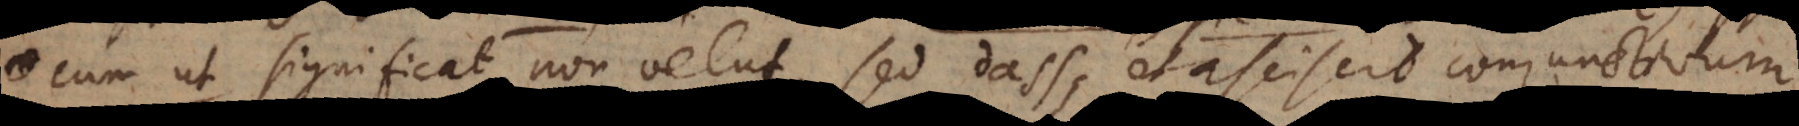
cum ut significat non velut, sed dass, et asciscit conjunctivum